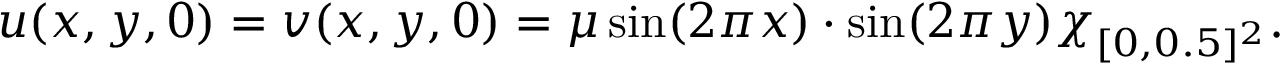
\begin{array} { r } { u ( x , y , 0 ) = v ( x , y , 0 ) = \mu \sin ( 2 \pi x ) \cdot \sin ( 2 \pi y ) \chi _ { [ 0 , 0 . 5 ] ^ { 2 } } . } \end{array}